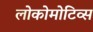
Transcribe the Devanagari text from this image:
लोकोमोटिव्स